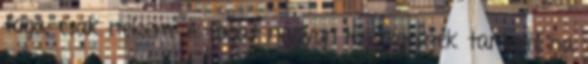
foga, csak nekem. A fogat nagyon lenyegesnek tartom, ha